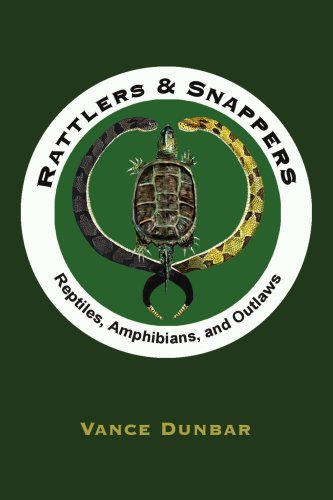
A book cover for Rattlers & Snappers: Reptiles, Amphibians, and Outlaws; Robert Dunbar; Humor & Entertainment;